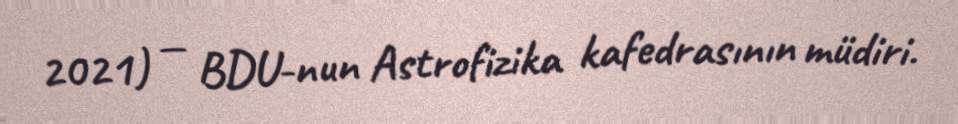
2021) — BDU-nun Astrofizika kafedrasının müdiri.